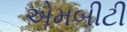
એમબીટી